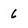
Character: 6